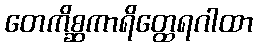
တေကိစ္ဆကာရိတ္ထေရဂါထာ